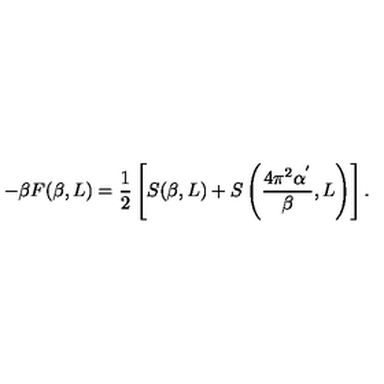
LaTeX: - \beta F ( \beta , L ) = \frac { 1 } { 2 } \left[ S ( \beta , L ) + S \left( \frac { 4 \pi ^ { 2 } \alpha ^ { ' } } { \beta } , L \right) \right] .